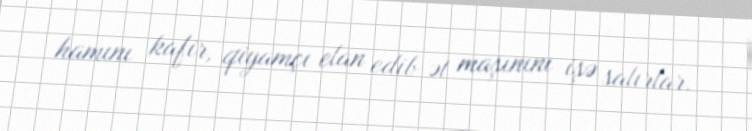
hamını kafir, qiyamçı elan edib ət maşınını işə salırlar.